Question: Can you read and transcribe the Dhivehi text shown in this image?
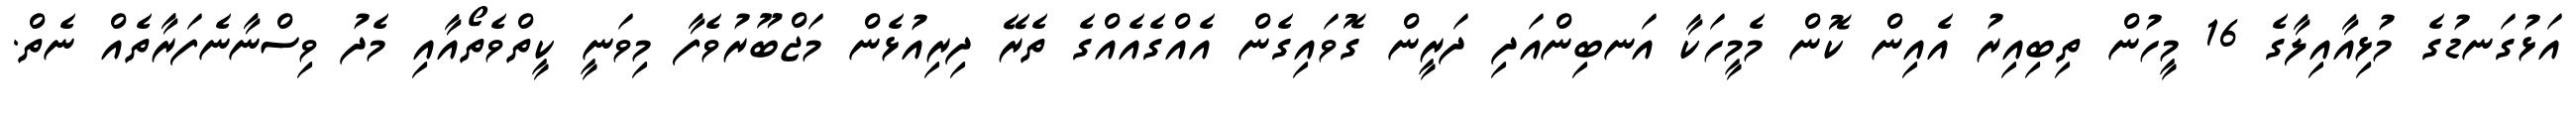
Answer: އަޅުގަނޑުގެ މުޅިއާއިލާގެ 16 މީހުން ތިބިއިރު އެއިން ކޮން މެމީހަކާ އަނބިންއަދި ދަރީން ގޮވައިގެން އެއްގެއެއްގެ ތެރޭ ދިރިއުޅެން މަޖްބޫރުވެފާ މިވަނީ ކީތްވެތޯއާއި މެދު ވިސްނާނެފަރާތެއް ނެތް.